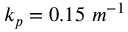
k _ { p } = 0 . 1 5 \ m ^ { - 1 }